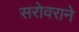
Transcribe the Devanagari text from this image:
सरोवराने